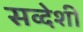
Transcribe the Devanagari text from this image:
सव्देशी